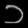
Digit: ၁